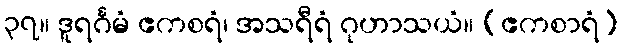
၃၇။ ဒူရင်္ဂမံ ဧကစရံ၊ အသရီရံ ဂုဟာသယံ။ (ဧကစာရံ)